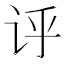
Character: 𫍞